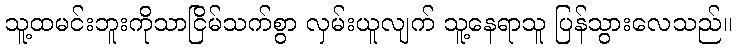
သူ့ထမင်းဘူးကိုသာငြိမ်သက်စွာ လှမ်းယူလျက် သူ့နေရာသူ ပြန်သွားလေသည်။